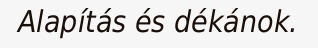
Alapítás és dékánok.